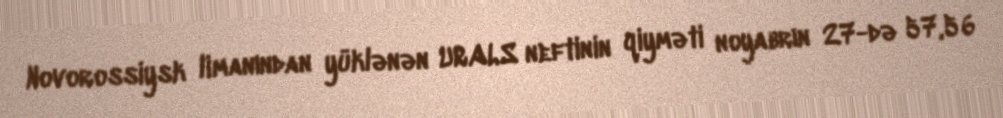
Novorossiysk limanından yüklənən URALS neftinin qiyməti noyabrın 27-də 57,56